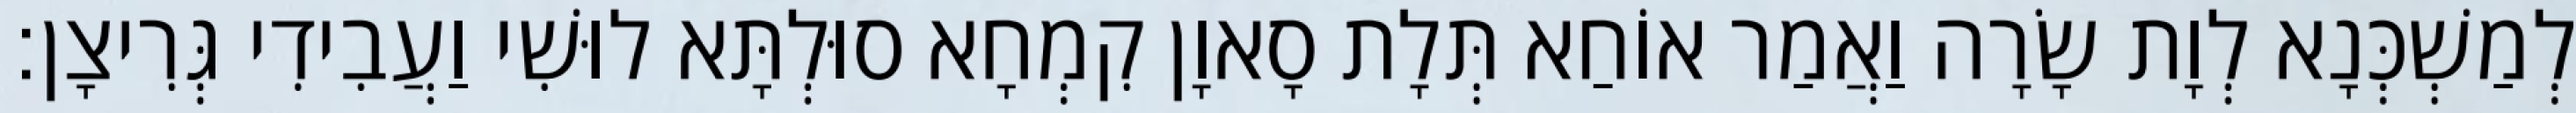
לְמַשְׁכְּנָא לְוָת שָׂרָה וַאֲמַר אוֹחַא תְּלָת סָאוָן קִמְחָא סוּלְתָּא לוּשִׁי וַעֲבִידִי גְּרִיצָן׃